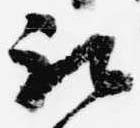
被